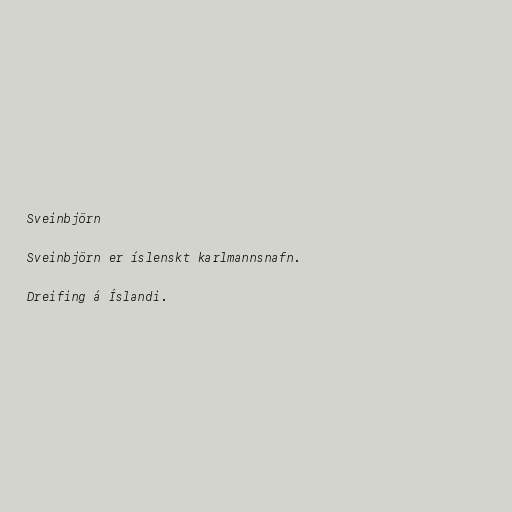
Sveinbjörn

Sveinbjörn er íslenskt karlmannsnafn.

Dreifing á Íslandi.